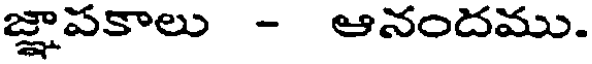
జ్ఞాపకాలు - ఆనందము.